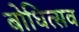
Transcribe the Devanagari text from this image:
बोधित्सव